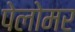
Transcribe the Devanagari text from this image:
पेलोमर